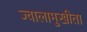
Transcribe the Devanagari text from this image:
ज्वालामुखीता